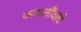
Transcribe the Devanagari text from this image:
फायलींवरचे